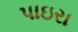
પાઇરા